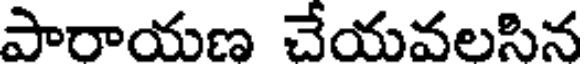
పారాయణ చేయవలసిన